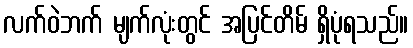
လက်ဝဲဘက် မျက်လုံးတွင် အပြင်တိမ် ရှိပုံရသည်။